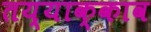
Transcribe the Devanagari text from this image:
तय्याक्काव